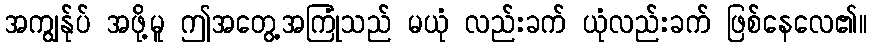
အကျွန်ုပ် အဖို့မူ ဤအတွေ့အကြုံသည် မယုံ လည်းခက် ယုံလည်းခက် ဖြစ်နေလေ၏။